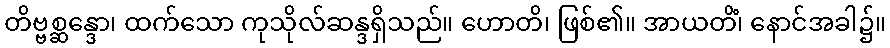
တိဗ္ဗစ္ဆန္ဒော၊ ထက်သော ကုသိုလ်ဆန္ဒရှိသည်။ ဟောတိ၊ ဖြစ်၏။ အာယတိံ၊ နောင်အခါ၌။